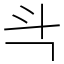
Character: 㪲